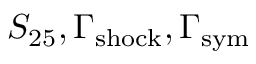
S _ { 2 5 } , \Gamma _ { \mathrm { s h o c k } } , \Gamma _ { \mathrm { s y m } }